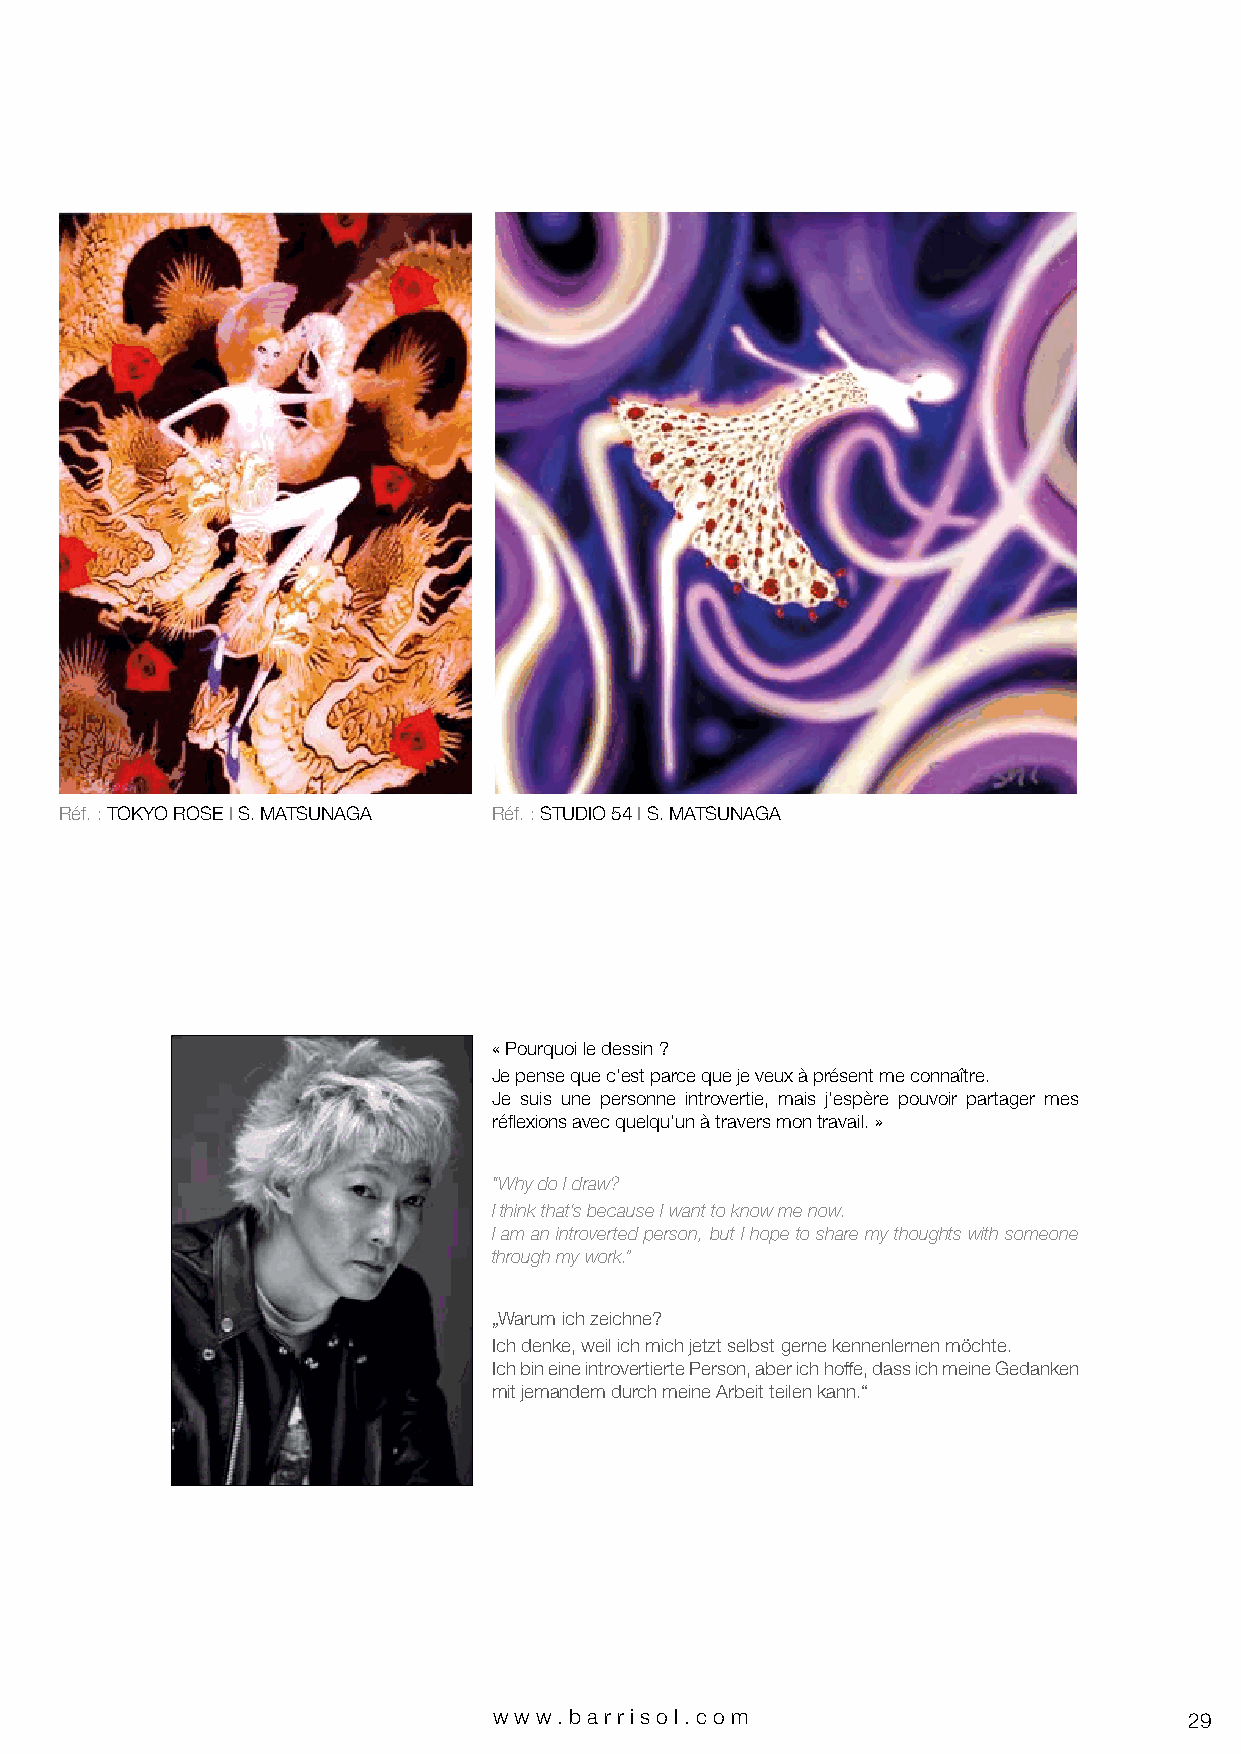
Réf. : TOKYO ROSE I S. MATSUNAGA Réf. : STUDIO 54 I S. MATSUNAGA
 « Pourquoi le dessin ?
 Je pense que c’est parce que je veux à présent me connaître.
 Je suis une personne introvertie, mais j’espère pouvoir partager mes
 réflexions avec quelqu’un à travers mon travail. »
 “Why do I draw?
 I think that’s because I want to know me now.
 I am an introverted person, but I hope to share my thoughts with someone
 through my work.”
 „Warum ich zeichne?
 Ich denke, weil ich mich jetzt selbst gerne kennenlernen möchte.
 Ich bin eine introvertierte Person, aber ich hoffe, dass ich meine Gedanken
 mit jemandem durch meine Arbeit teilen kann.“
 www.bar riso l. com                           29